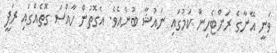
ވަނީ އޭނާގެ ރަށްޓެހިން ކަމުގައި ނައުޝާ ބުނެއެވެ. އެގޮތުން ހާއްސަ ގޮތެއްގައި ރަފީ